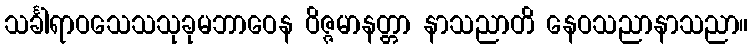
သင်္ခါရာဝသေသသုခုမဘာဝေန ဝိဇ္ဇမာနတ္တာ နာသညာတိ နေဝသညာနာသညာ။